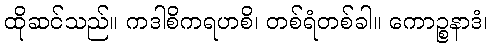
ထိုဆင်သည်။ ကဒါစိကရဟစိ၊ တစ်ရံတစ်ခါ။ ကောဉ္စနာဒံ၊